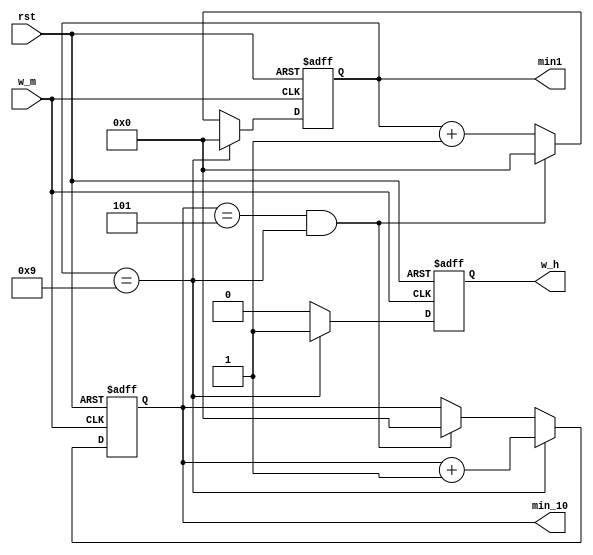
module minute	(
					  w_m,
					  rst,
					  w_h,
					  min_10,
					  min1 );
					  
	input			rst;
	input			w_m;
	
	output		w_h;
	output		[3:0] min_10, min1;
	
	reg			[3:0] min_10, min1;
	reg			w_h;
	
	always @ ( posedge w_m or negedge rst ) begin
		if(!rst) begin
			min1 		<= 4'd0;
			min_10	<= 4'd0;
			w_h		<= 0;
		end
		
		else if (min1 == 4'd9) begin
			min1 		<= 4'd0;
			min_10	<= min_10 + 4'd1;
			w_h		<= 1;
		end
		
		else if (min_10 == 4'd5 && min1 == 4'd9) begin
			min1		<= 4'd0;
			min_10	<= 4'd0;
			w_h		<= 0;
		end
		
		else begin
			min1 		<= min1 + 4'd1;
			min_10	<= min_10;
			w_h		<= 0;
		end
	end
	
endmodule